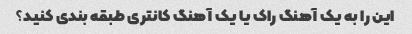
این را به یک آهنگ راک یا یک آهنگ کانتری طبقه بندی کنید؟